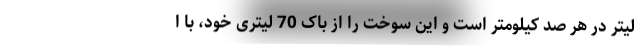
لیتر در هر صد کیلومتر است و این سوخت را از باک 70 لیتری خود، با ا